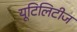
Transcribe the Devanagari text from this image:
यूटिलिटीज